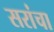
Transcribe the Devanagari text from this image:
सरांचा